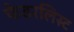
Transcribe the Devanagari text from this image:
फेडरलिस्ट